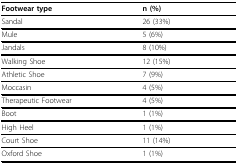
<table><thead><tr><td><b>Footwear type</b></td><td><b>n (%)</b></td></tr></thead><tbody><tr><td>Sandal</td><td>26 (33%)</td></tr><tr><td>Mule</td><td>5 (6%)</td></tr><tr><td>Jandals</td><td>8 (10%)</td></tr><tr><td>Walking Shoe</td><td>12 (15%)</td></tr><tr><td>Athletic Shoe</td><td>7 (9%)</td></tr><tr><td>Moccasin</td><td>4 (5%)</td></tr><tr><td>Therapeutic Footwear</td><td>4 (5%)</td></tr><tr><td>Boot</td><td>1 (1%)</td></tr><tr><td>High Heel</td><td>1 (1%)</td></tr><tr><td>Court Shoe</td><td>11 (14%)</td></tr><tr><td>Oxford Shoe</td><td>1 (1%)</td></tr></tbody></table>